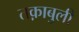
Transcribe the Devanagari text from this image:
तक़ाबुली